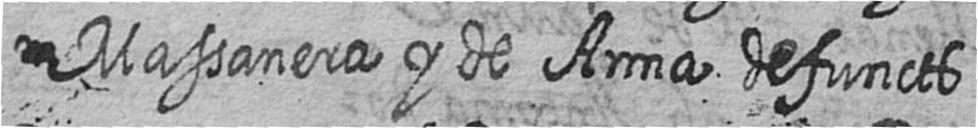
# Massanera y de Anna defuncts